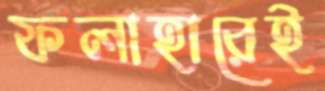
ফলাহারেই